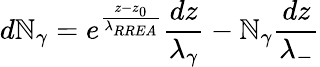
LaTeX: d\mathbb{N}_{\gamma}=e^{\frac{{z-z_{0}}}{{\lambda_{RREA}}}}\frac{{dz}}{{\lambda_{\gamma}}}-\mathbb{N}_{\gamma}\frac{{dz}}{{\lambda_{-}}}